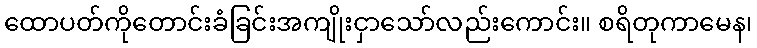
ထောပတ်ကိုတောင်းခံခြင်းအကျိုးငှာသော်လည်းကောင်း။ စရိတုကာမေန၊